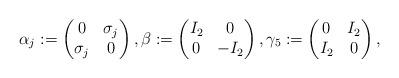
LaTeX: \begin{align*} \alpha_j := \begin{pmatrix} 0 & \sigma_j \\ \sigma_j & 0 \end{pmatrix}, \beta := \begin{pmatrix} I_2 & 0 \\ 0 & -I_2 \end{pmatrix}, \gamma_5: = \begin{pmatrix} 0 & I_2 \\ I_2 & 0 \end{pmatrix},\end{align*}